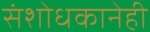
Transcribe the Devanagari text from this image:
संशोधकानेही